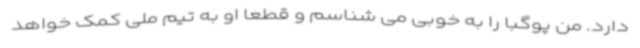
دارد. من پوگبا را به خوبی می شناسم و قطعا او به تیم ملی کمک خواهد